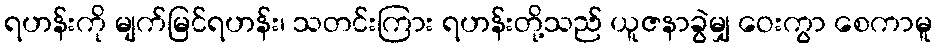
ရဟန်းကို မျက်မြင်ရဟန်း၊ သတင်းကြား ရဟန်းတို့သည် ယူဇနာခွဲမျှ ဝေးကွာ စေကာမူ